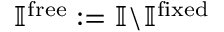
\mathbb { I } ^ { \mathrm { f r e e } } : = \mathbb { I } \backslash \mathbb { I } ^ { \mathrm { f i x e d } }